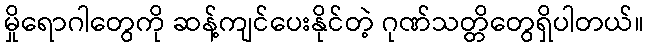
မှိုရောဂါတွေကို ဆန့်ကျင်ပေးနိုင်တဲ့ ဂုဏ်သတ္တိတွေရှိပါတယ်။